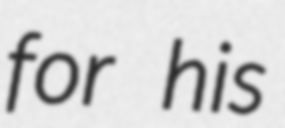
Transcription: for his